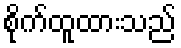
စိုက်ထူထားသည်